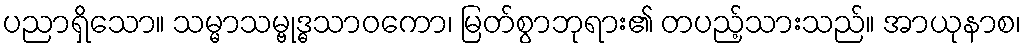
ပညာရှိသော။ သမ္မာသမ္ဗုဒ္ဓသာဝကော၊ မြတ်စွာဘုရား၏ တပည့်သားသည်။ အာယုနာစ၊